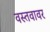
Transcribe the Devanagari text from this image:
वस्तवावर